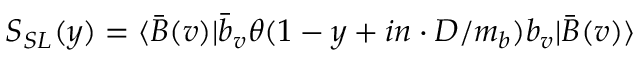
S _ { S L } ( y ) = \langle \bar { B } ( v ) | \bar { b } _ { v } \theta ( 1 - y + i n \cdot D / m _ { b } ) b _ { v } | \bar { B } ( v ) \rangle